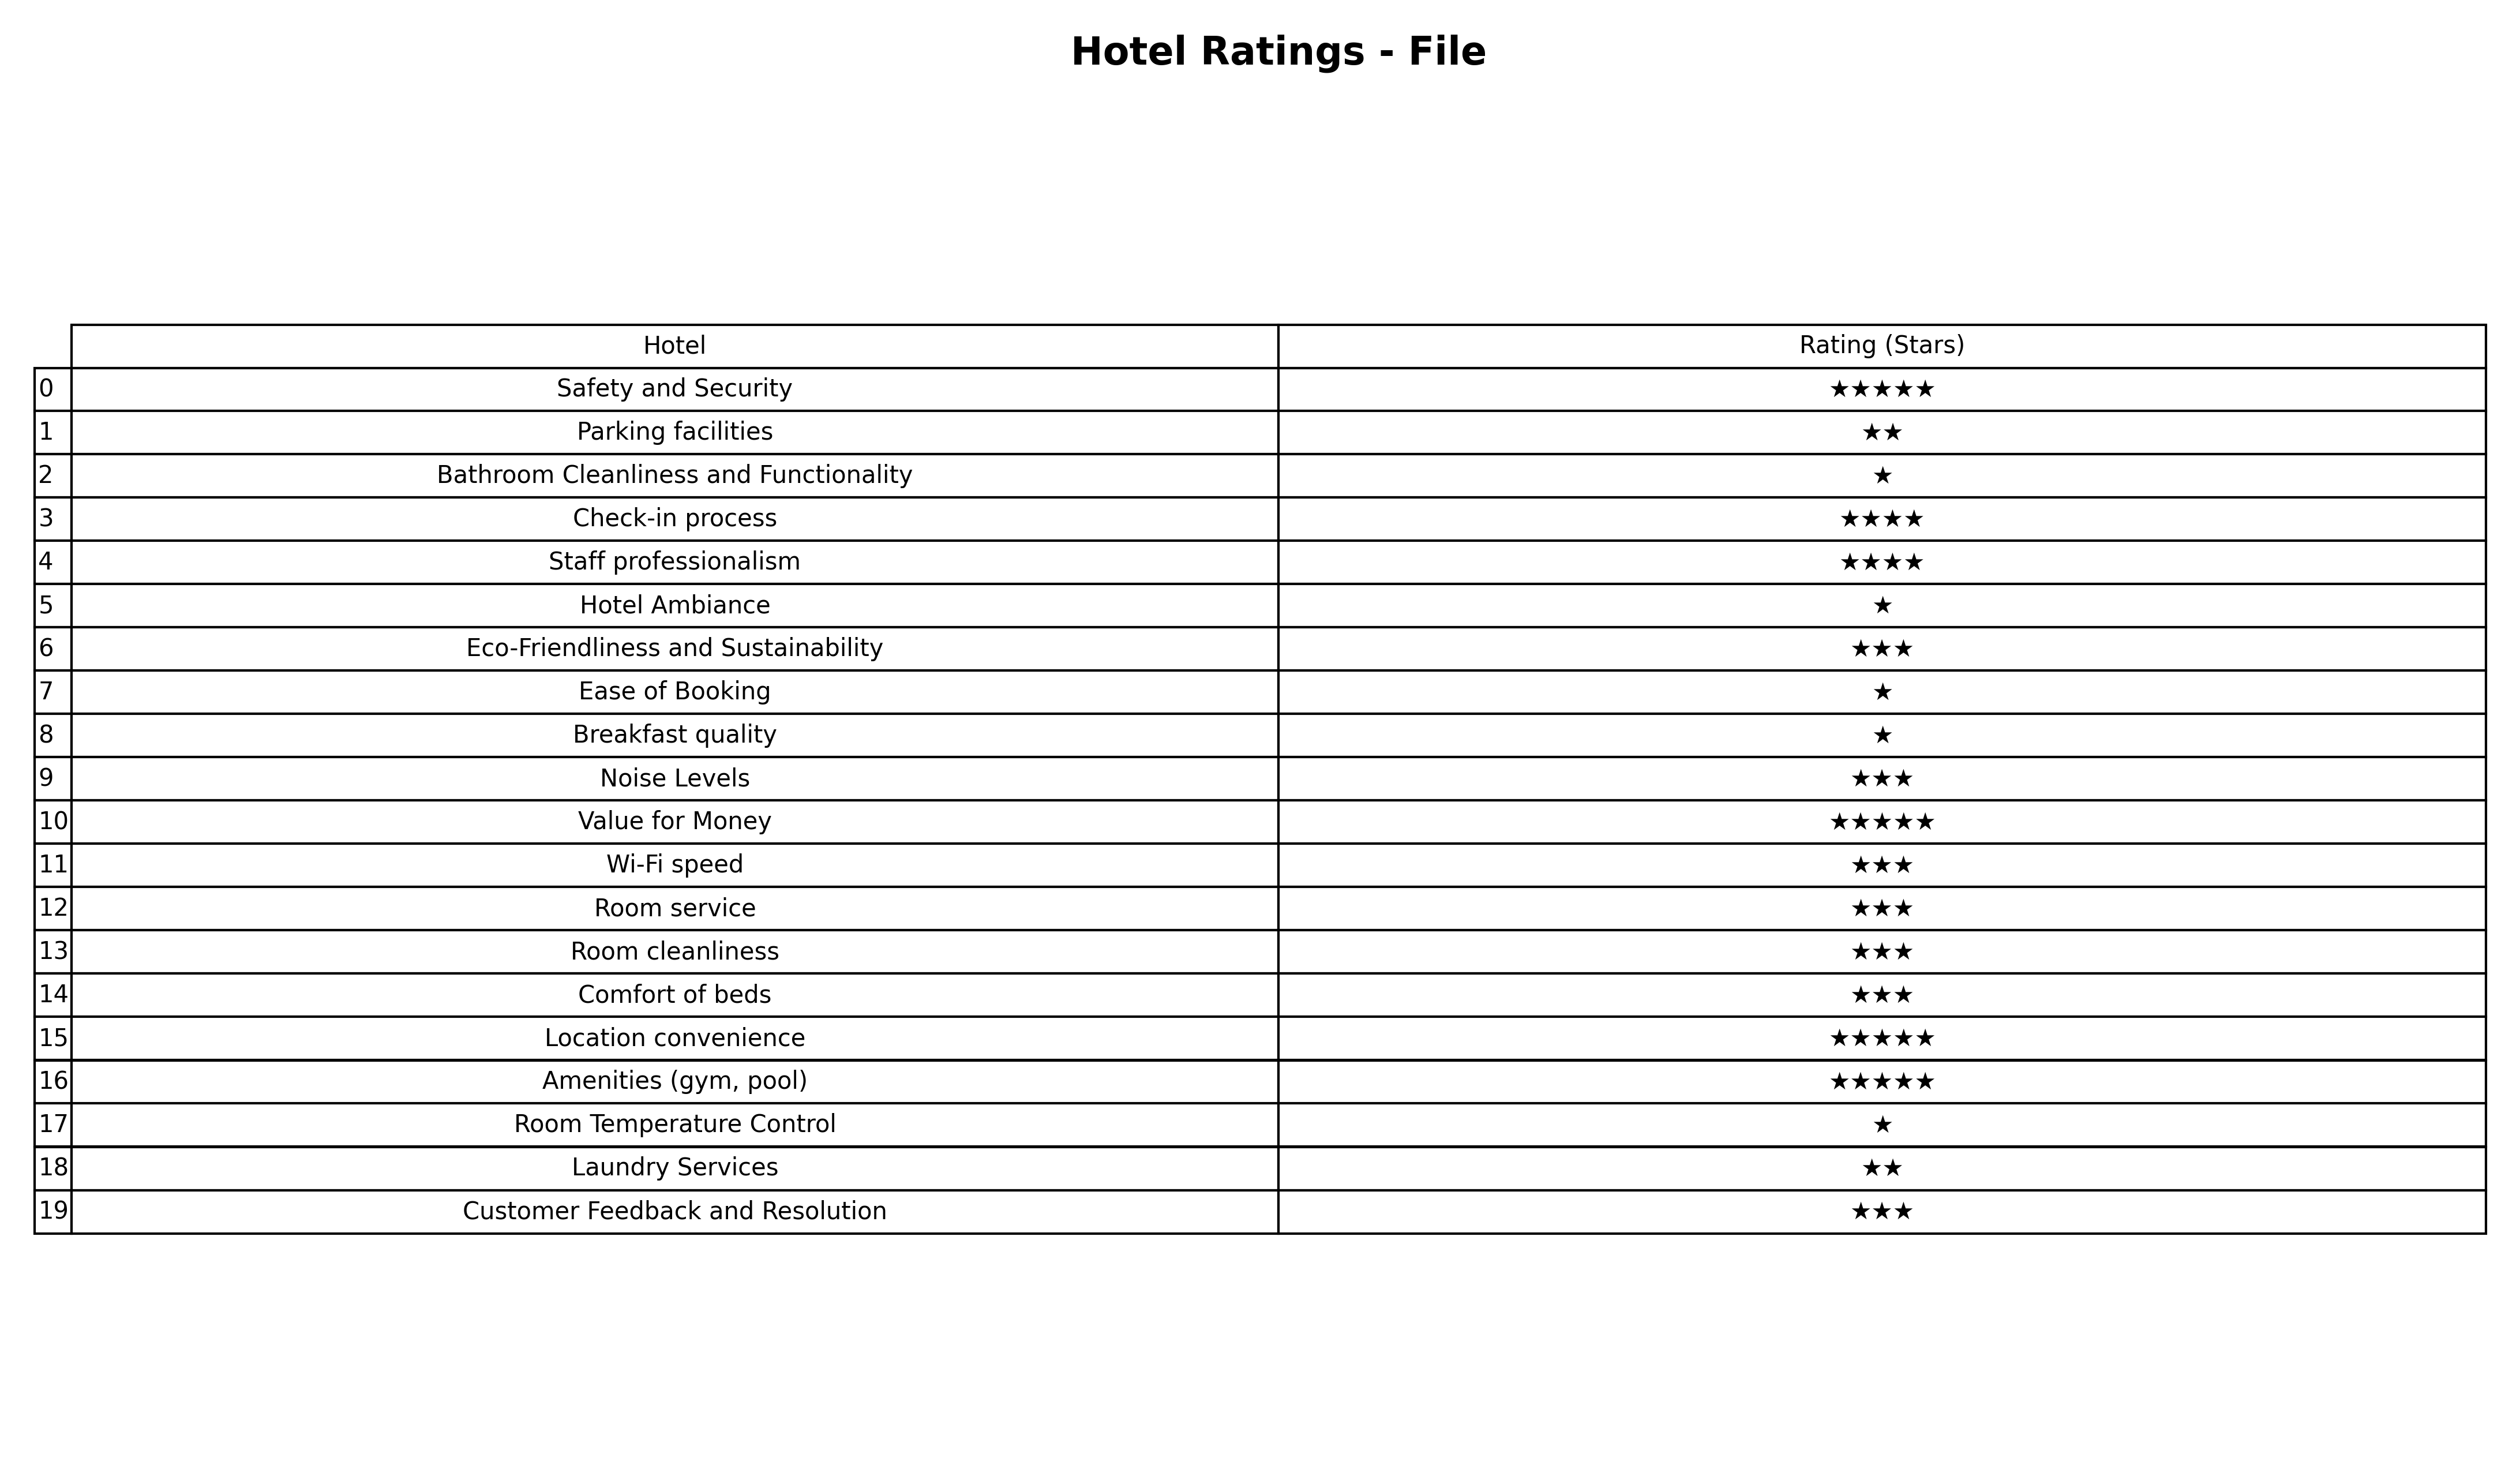
question: What is the rating of Wi-Fi speed?
answer: ★★★